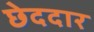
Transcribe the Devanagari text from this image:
छेददार